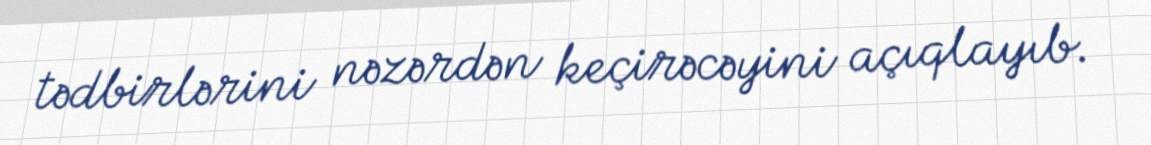
tədbirlərini nəzərdən keçirəcəyini açıqlayıb.